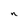
Character: n